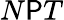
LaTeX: N\mathsf{P}T